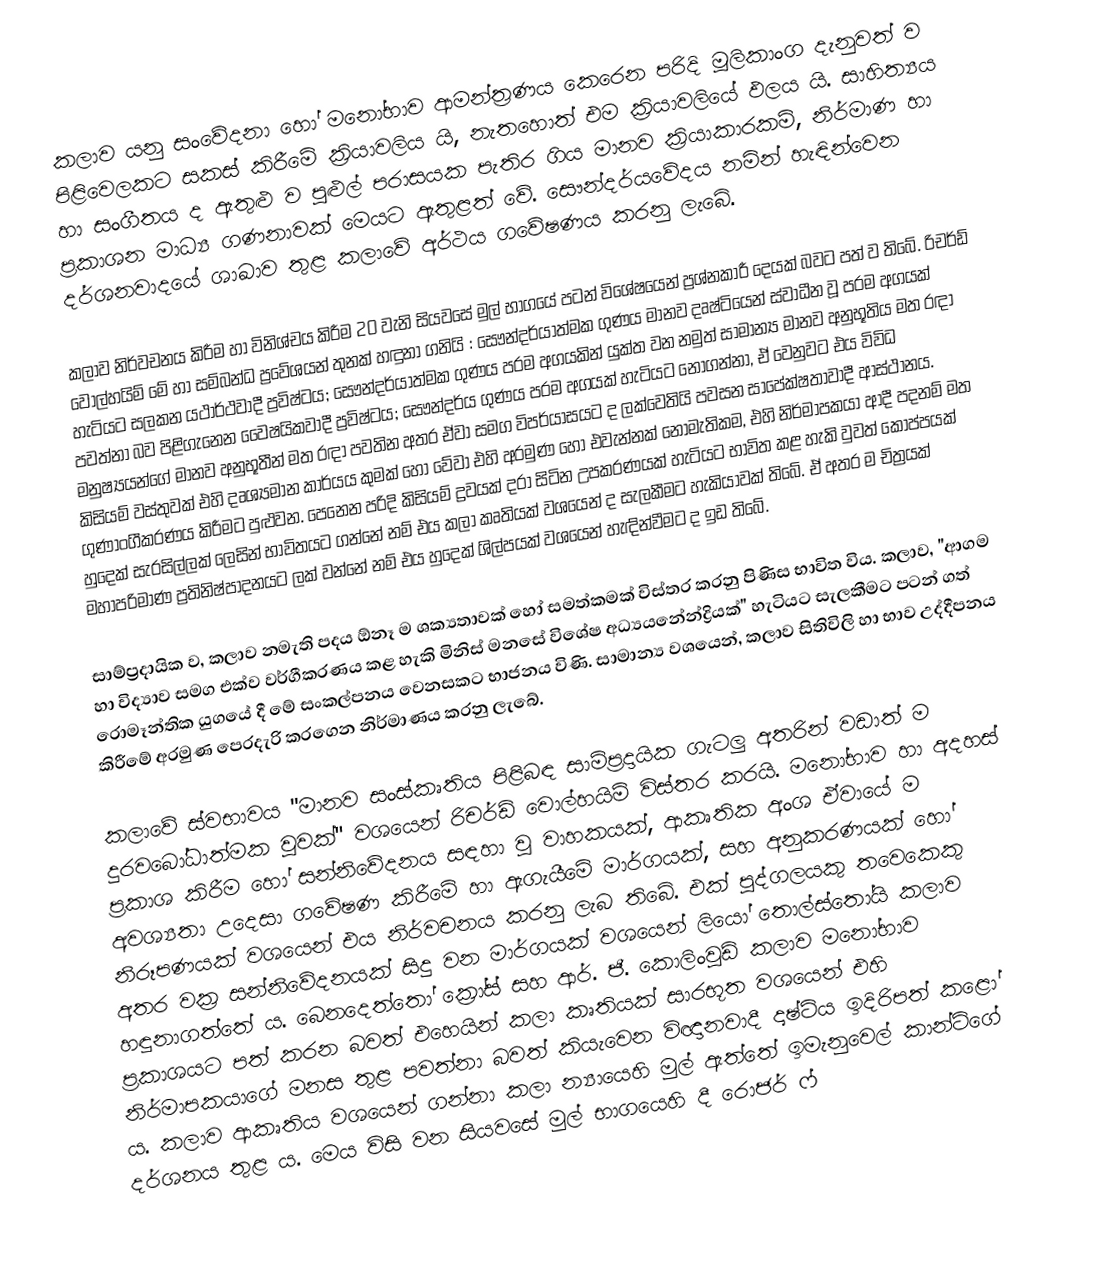
කලාව යනු සංවේදනා හෝ මනෝභාව ආමන්ත්‍රණය කෙරෙන පරිදි මූලිකාංග දැනුවත් ව පිළිවෙලකට සකස් කිරීමේ ක්‍රියාවලිය යි, නැතහොත් එම ක්‍රියාවලියේ ඵලය යි. සාහිත්‍යය හා සංගීතය ද ඇතුළු ව පුළුල් පරාසයක පැතිර ගිය මානව ක්‍රියාකාරකම්, නිර්මාණ හා ප්‍රකාශන මාධ්‍ය ගණනාවක් මෙයට ඇතුළත් වේ. සෞන්දර්යවේදය නමින් හැඳින්වෙන දර්ශනවාදයේ ශාඛාව තුළ කලාවේ අර්ථය ගවේෂණය කරනු ලැබේ.

කලාව නිර්වචනය කිරීම හා විනිශ්චය කිරීම 20 වැනි සියවසේ මුල් භාගයේ පටන් විශේෂයෙන් ප්‍රශ්නකාරී දෙයක් බවට පත් ව තිබේ. රිචර්ඩ් වොල්හයිම් මේ හා සම්බන්ධ ප්‍රවේශයන් තුනක් හඳුනා ගනියි : සෞන්දර්යාත්මක ගුණය මානව දෘෂ්ටියෙන් ස්වාධීන වූ පරම අගයක් හැටියට සලකන යථාර්ථවාදී ප්‍රවිෂ්ටය; සෞන්දර්යාත්මක ගුණය පරම අගයකින් යුක්ත වන නමුත් සාමාන්‍ය මානව අනුභූතිය මත රඳා පවත්නා බව පිළිගැනෙන වෛෂයිකවාදී ප්‍රවිෂ්ටය; සෞන්දර්ය ගුණය පරම අගයක් හැටියට නොගන්නා, ඒ වෙනුවට එය විවිධ මනුෂ්‍යයන්ගේ මානව අනුභූතීන් මත රඳා පවතින අතර ඒවා සමග විපර්යාසයට ද ලක්වෙතියි පවසන සාපේක්ෂතාවාදී ආස්ථානය. කිසියම් වස්තුවක් එහි දෘශ්‍යමාන කාර්යය කුමක් හෝ වේවා එහි අරමුණ හෝ එවැන්නක් නොමැතිකම, එහි නිර්මාපකයා ආදී පදනම් මත ගුණාංගීකරණය කිරීමට පුළුවන. පෙනෙන පරිදි කිසියම් ද්‍රවයක් දරා සිටින උපකරණයක් හැටියට භාවිත කළ හැකි වුවත් කෝප්පයක් හුදෙක් සැරසිල්ලක් ලෙසින් භාවිතයට ගන්නේ නම් එය කලා කෘතියක් වශයෙන් ද සැලකීමට හැකියාවක් තිබේ. ඒ අතර ම චිත්‍රයක් මහාපරිමාණ ප්‍රතිනිෂ්පාදනයට ලක් වන්නේ නම් එය හුදෙක් ශිල්පයක් වශයෙන් හැඳින්වීමට ද ඉඩ තිබේ.

සාම්ප්‍රදායික ව, කලාව නමැති පදය ඕනෑ ම ශක්‍යතාවක් හෝ සමත්කමක් විස්තර කරනු පිණිස භාවිත විය. කලාව, "ආගම හා විද්‍යාව සමග එක්ව වර්ගීකරණය කළ හැකි මිනිස් මනසේ විශේෂ අධ්‍යයනේන්ද්‍රියක්" හැටියට සැලකීමට පටන් ගත් රොමෑන්තික යුගයේ දී මේ සංකල්පනය වෙනසකට භාජනය විණි. සාමාන්‍ය වශයෙන්, කලාව සිතිවිලි හා භාව උද්දීපනය කිරීමේ අරමුණ පෙරදැරි කරගෙන නිර්මාණය කරනු ලැබේ.

කලාවේ ස්වභාවය "මානව සංස්කෘතිය පිළිබඳ සාම්ප්‍රදායික ගැටලු අතරින් වඩාත් ම දුරවබෝධාත්මක වූවක්" වශයෙන් රිචර්ඩ් වොල්හයිම් විස්තර කරයි. මනෝභාව හා අදහස් ප්‍රකාශ කිරීම හෝ සන්නිවේදනය සඳහා වූ වාහකයක්, ආකෘතික අංශ ඒවායේ ම අවශ්‍යතා උදෙසා ගවේෂණ කිරීමේ හා ඇගැයීමේ මාර්ගයක්, සහ අනුකරණයක් හෝ නිරූපණයක් වශයෙන් එය නිර්වචනය කරනු ලැබ තිබේ. එක් පුද්ගලයකු තවෙකෙකු අතර වක්‍ර සන්නිවේදනයක් සිදු වන මාර්ගයක් වශයෙන් ලියෝ තොල්ස්තෝයි කලාව හඳුනාගත්තේ ය. බෙනදෙත්තෝ ක්‍රෝස් සහ ආර්. ජී. කොලිංවුඩ් කලාව මනෝභාව ප්‍රකාශයට පත් කරන බවත් එහෙයින් කලා කෘතියක් සාරභූත වශයෙන් එහි නිර්මාපකයාගේ මනස තුළ පවත්නා බවත් කියැවෙන විඥානවාදී දෘෂ්ටිය ඉදිරිපත් කළෝ ය.  කලාව ආකෘතිය වශයෙන් ගන්නා කලා න්‍යායෙහි මුල් ඇත්තේ ඉමැනුවෙල් කාන්ට්ගේ දර්ශනය තුළ ය. මෙය විසි වන සියවසේ මුල් භාගයෙහි දී රොජර් ෆ්